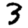
Digit: 3